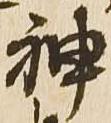
神